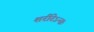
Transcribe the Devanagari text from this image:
शरीरेऽन्तः